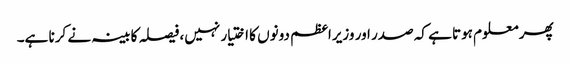
پھر معلوم ہوتا ہے کہ صدر اور وزیراعظم دونوں کا اختیار نہیں، فیصلہ کابینہ نے کرنا ہے۔